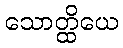
သောတ္ထိယေ